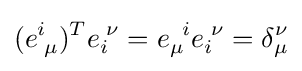
(e_{\;\mu }^{i})^{T}e_{i}^{\;\nu }=e_{\mu }^{\;\;i}e_{i}^{\;\nu }=\delta _{\mu }^{\nu }